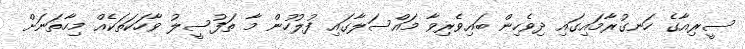
ސީރިއާގެ ހަނގުރާމައިގައި ދިވެހިން ބައިވެރިވާ މައްސަލާގައި ފުލުހުން މާ ތަފުސީލު ވާހަކަތަކެއް މިހާތަނަށް